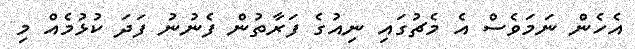
އެހެން ނަމަވެސް އެ މެޗުގައި ނިއުގެ ފަރާތުން ފެނުނު ފަދަ ކުޅުމެއް މި